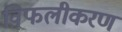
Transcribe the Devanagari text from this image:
विफलीकरण